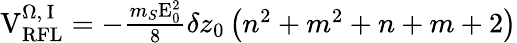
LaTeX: \begin{array}{r}{\mathrm{V}_{\mathrm{RFL}}^{\Omega,\, \mathrm{I}}=-\frac{m_{S}\mathrm{E}_{0}^{2}}{8}\delta z_{0}\left(n^{2}+m^{2}+n+m+2\right)}\end{array}